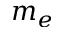
m _ { e }